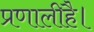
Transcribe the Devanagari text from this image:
प्रणालीहै।